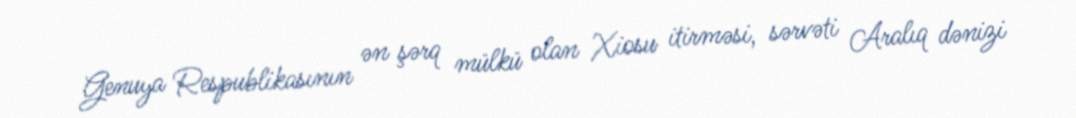
Genuya Respublikasının ən şərq mülkü olan Xiosu itirməsi, sərvəti Aralıq dənizi